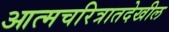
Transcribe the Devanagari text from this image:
आत्मचरित्रातदेखील